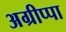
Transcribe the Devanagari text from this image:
अग्रीप्पा